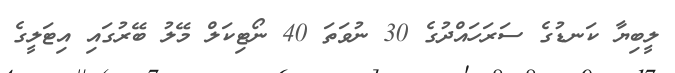
ލީބިޔާ ކަނޑުގެ ސަރަހައްދުގެ 30 ނުވަތަ 40 ނޯޓިކަލް މޭލު ބޭރުގައި އިޓަލީގެ